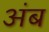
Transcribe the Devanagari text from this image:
अंब